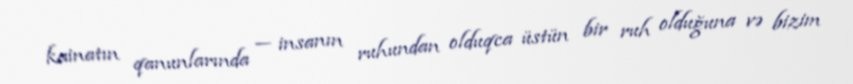
kainatın qanunlarında — insanın ruhundan olduqca üstün bir ruh olduğuna və bizim